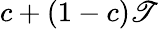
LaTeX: c+(1-c)\mathscr{T}